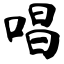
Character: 唱